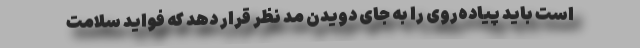
است باید پیاده‌روی را به جای دویدن مد نظر قرار دهد که فواید سلامت